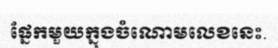
ផ្នែកមួយក្នុងចំណោមលេខនេះ.